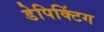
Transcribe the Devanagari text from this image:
डेपिक्टिंग